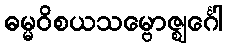
ဓမ္မဝိစယသမ္ဗောဇ္ဈင်္ဂေါ